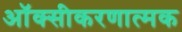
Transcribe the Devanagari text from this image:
ऑक्सीकरणात्मक